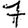
Digit: 7